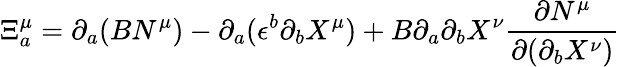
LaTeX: \Xi_{a}^{\mu}=\partial_{a}(BN^{\mu})-\partial_{a}(\epsilon^{b}\partial_{b}X^{\mu})+B\partial_{a}\partial_{b}X^{\nu}\frac{\partial N^{\mu}}{\partial(\partial_{b}X^{\nu})}